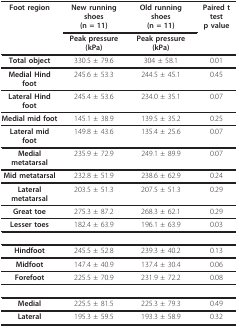
| Foot region | New running shoes(n = 11) | Old running shoes(n = 11) | Paired t testp value |
 |  | Peak pressure (kPa) | Peak pressure (kPa) |  |
 | --- | --- | --- | --- |
 | Total object | 330.5 ± 79.6 | 304 ± 58.1 | 0.01 |
 | Medial Hind foot | 245.6 ± 53.3 | 244.5 ± 45.1 | 0.45 |
 | Lateral Hind foot | 245.4 ± 53.6 | 234.0 ± 35.1 | 0.07 |
 | Medial mid foot | 145.1 ± 38.9 | 139.5 ± 35.2 | 0.25 |
 | Lateral mid foot | 149.8 ± 43.6 | 135.4 ± 25.6 | 0.07 |
 | Medial metatarsal | 235.9 ± 72.9 | 249.1 ± 89.9 | 0.07 |
 | Mid metatarsal | 232.8 ± 51.9 | 238.6 ± 62.9 | 0.24 |
 | Lateral metatarsal | 203.5 ± 51.3 | 207.5 ± 51.3 | 0.29 |
 | Great toe | 275.3 ± 87.2 | 268.3 ± 62.1 | 0.29 |
 | Lesser toes | 182.4 ± 63.9 | 196.1 ± 63.9 | 0.03 |
 | Hindfoot | 245.5 ± 52.8 | 239.3 ± 40.2 | 0.13 |
 | Midfoot | 147.4 ± 40.9 | 137.4 ± 30.4 | 0.06 |
 | Forefoot | 225.5 ± 70.9 | 231.9 ± 72.2 | 0.08 |
 | Medial | 225.5 ± 81.5 | 225.3 ± 79.3 | 0.49 |
 | Lateral | 195.3 ± 59.5 | 193.3 ± 58.9 | 0.32 |